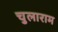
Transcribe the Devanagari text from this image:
चुलाराम